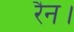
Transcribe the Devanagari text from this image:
रैन।